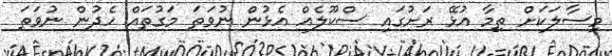
މިސާލަކަށް ތިމާ އުޅޭ ރަށުގައި ސްކޫލެއް އެޅުން ނުވަތަ މަގުތައް ހެދުން ނުވަތަ